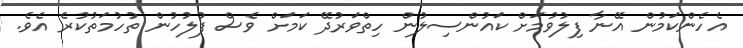
އެހެންކަމުން އޭނާ ފިލުވުމަށް ކައުންސިލުން ހިތްވަރުދޭ ކަމަށް ވެސް ފުލުހުން ތުހުމަތުކުރެ އެވެ.